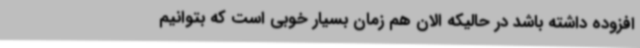
افزوده داشته باشد در حالیکه الان هم زمان بسیار خوبی است که بتوانیم